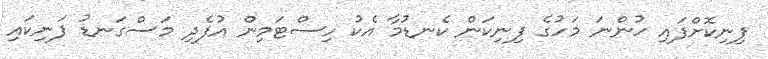
ފިނިކޮށްފައި ހުންނަ މަހުގެ ފިނިކަން ކެނޑުމާ އެކު ހިސްޓަމިން އުފެދި މަސްގަނޑު ފަނިކައި